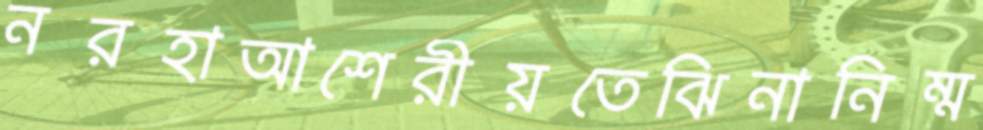
নরহাআশেরীয়তেঝিনানিম্ম